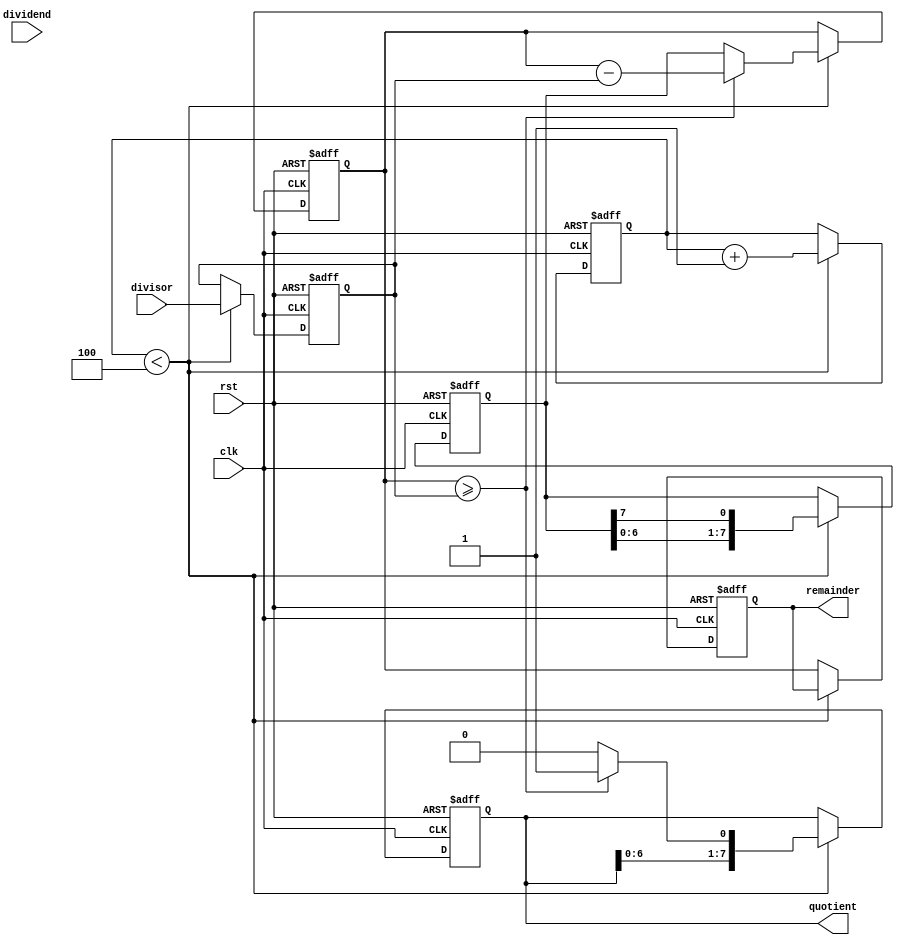
module BinaryDivider (
    input wire [7:0] dividend,
    input wire [7:0] divisor,
    output reg [7:0] quotient,
    output reg [7:0] remainder,
    input wire clk,
    input wire rst
);

reg [7:0] dividend_reg;
reg [7:0] divisor_reg;
reg [3:0] shift_count;
reg [7:0] temp_dividend;

always @ (posedge clk or posedge rst)
begin
    if (rst)
    begin
        dividend_reg <= 8'b0;
        divisor_reg <= 8'b0;
        shift_count <= 4'b0;
        temp_dividend <= 8'b0;
        quotient <= 8'b0;
        remainder <= 8'b0;
    end
    else
    begin
        if (shift_count < 4)
        begin
            divisor_reg <= divisor;
            temp_dividend <= dividend_reg;
            dividend_reg <= {dividend_reg[6:0], dividend_reg[7]};
            shift_count <= shift_count + 1;
            
            if (temp_dividend >= divisor_reg)
            begin
                temp_dividend <= temp_dividend - divisor_reg;
                quotient <= {quotient[6:0], 1'b1};
            end
            else
            begin
                quotient <= {quotient[6:0], 1'b0};
            end
        end
        else
        begin
            remainder <= temp_dividend;
        end
    end
end

endmodule